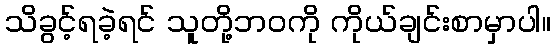
သိခွင့်ရခဲ့ရင် သူတို့ဘဝကို ကိုယ်ချင်းစာမှာပါ။